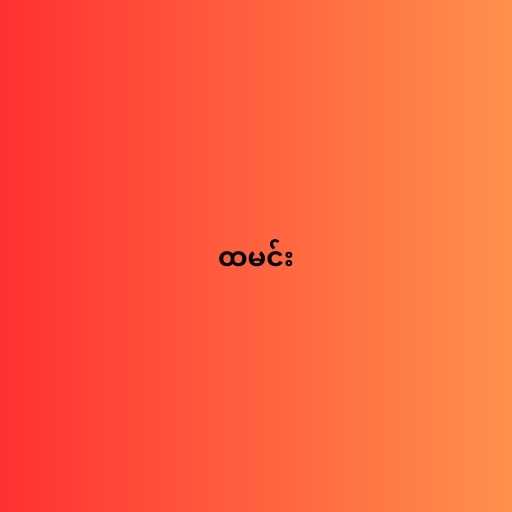
ထမင်း